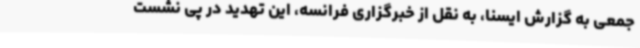
جمعی به گزارش ایسنا، به نقل از خبرگزاری فرانسه، این تهدید در پی نشست